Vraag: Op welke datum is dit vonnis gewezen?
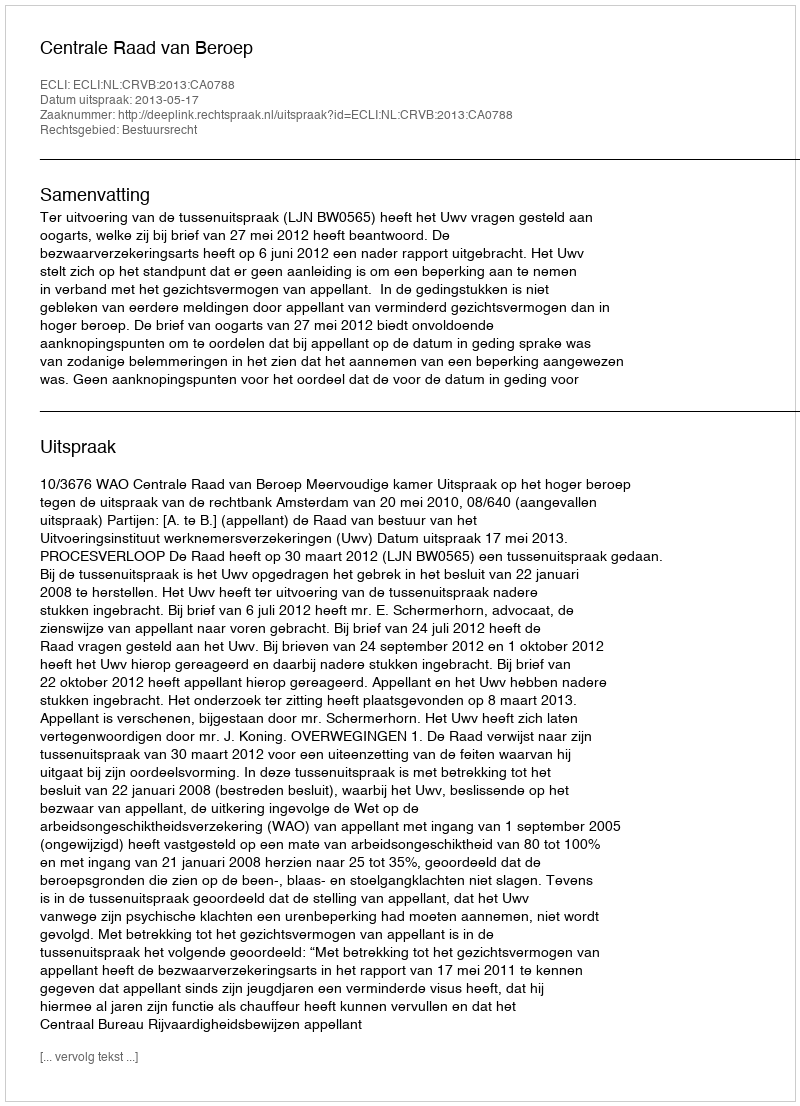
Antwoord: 2013-05-17